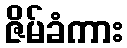
ဇိမ်ခံကား